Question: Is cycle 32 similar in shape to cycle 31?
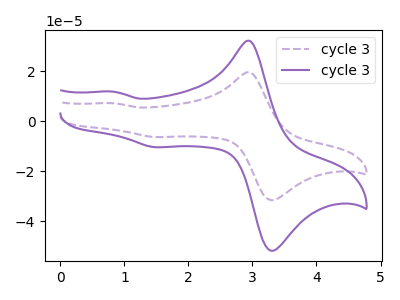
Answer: <think>The purple dashed curve "cycle 31" has anodic peaks at (2.95V, 19.55uA) (0.85V, 7.20uA) and cathodic peaks at (3.35V, -31.25uA) (1.50V, -6.30uA). The purple curve "cycle 32" has anodic peaks at (2.95V, 32.10uA) (0.85V, 11.80uA) and cathodic peaks at (3.35V, -51.30uA) (1.50V, -10.40uA).
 All the peaks in "cycle 32" have a peak in "cycle 31" at the same potential. Every peak in "cycle 32" is higher than every peak in "cycle 31".</think>
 <answer>"cycle 32" and "cycle 31" are similar in shape.</answer>
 <eval>same_shape</eval>